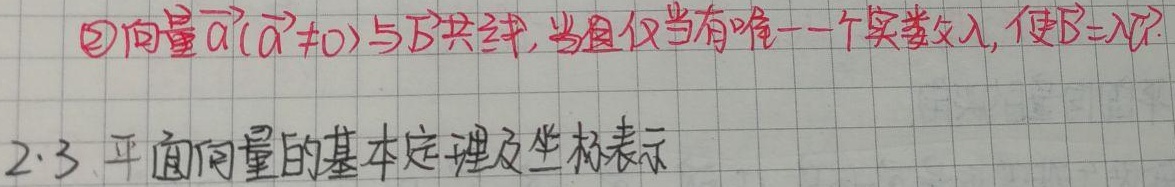
\textcircled{2}向量$\vec{a}(\vec{a}\neq 0)$与$\vec{b}$共线，当且仅当有唯一一个实数$\lambda$，使$\vec{b}=\lambda\vec{a}$.
2.3 平面向量的基本定理及坐标表示